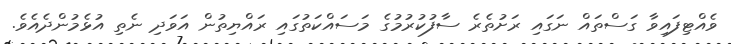
ވެއްޓިފައިވާ ގަސްތައް ނަގައި ރަށުތެރެ ސާފުކުރުމުގެ މަސައްކަތުގައި ރައްޔިތުން އަވަދި ނެތި އުޅެމުންދެއެވެ.